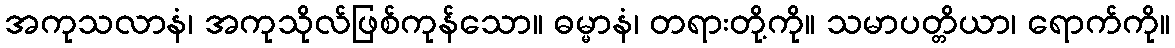
အကုသလာနံ၊ အကုသိုလ်ဖြစ်ကုန်သော။ ဓမ္မာနံ၊ တရားတို့ကို။ သမာပတ္တိယာ၊ ရောက်ကို။